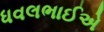
ધવલભાઈએ